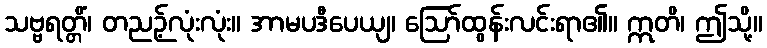
သဗ္ဗရတ္တိံ၊ တညဉ့်လုံးလုံး။ အာမပဒီပေယျ၊ ဩော်ထွန်းလင်းရာ၏။ ဣတိ၊ ဤသို့။